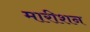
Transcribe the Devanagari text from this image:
मारीशन